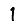
Digit: 1